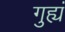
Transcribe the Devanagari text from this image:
गुह्यं